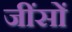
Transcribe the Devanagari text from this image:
जींसों